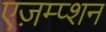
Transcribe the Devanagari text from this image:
एज़म्प्शन